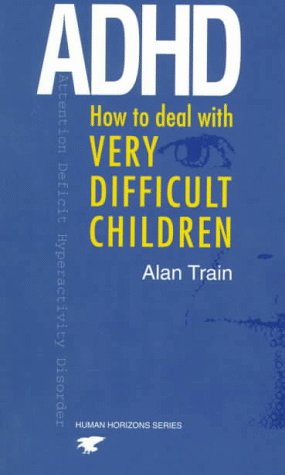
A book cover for ADHD: How to Deal with Very Difficult Children (Human Horizons Series); Alan Train; Parenting & Relationships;